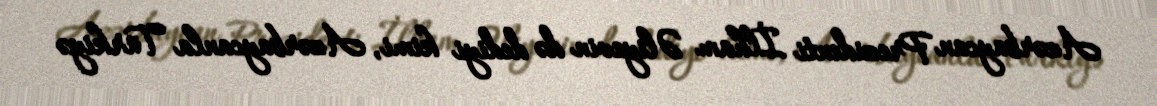
Azərbaycan Prezidenti İlham Əliyevin də dediyi kimi, Azərbaycanla Türkiyə